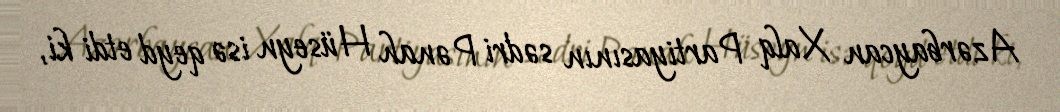
Azərbaycan Xalq Partiyasının sədri Pənah Hüseyn isə qeyd etdi ki,